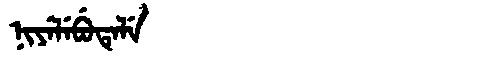
Manchu: ᠨᡳᠶᡝᠯᡝᠪᡠᡨᡝᠯᡝ
Romanization: NIYELEBUTELE